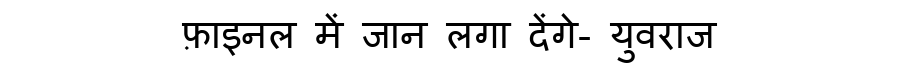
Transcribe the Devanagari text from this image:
फ़ाइनल में जान लगा देंगे- युवराज